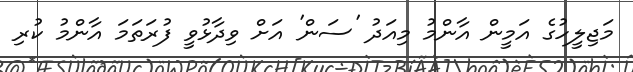
މަޖިލީހުގެ އަމީން އާންމު މިއަދު 'ސަން' އަށް ވިދާޅުވީ ފުރަތަމަ އާންމު ކުރި